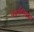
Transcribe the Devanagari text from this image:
कार्यसिद्धांत